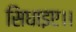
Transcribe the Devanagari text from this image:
सिधाइए।।